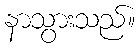
နာသွားသည်။